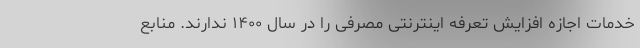
خدمات اجازه افزایش تعرفه اینترنتی مصرفی را در سال ۱۴۰۰ ندارند. منابع